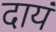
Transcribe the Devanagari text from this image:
दायं